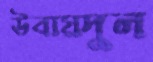
উবায়দুল